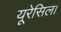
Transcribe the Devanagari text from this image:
यूरेसिल।